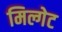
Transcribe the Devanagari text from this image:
मिल्गेट